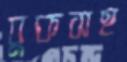
বুকসহ